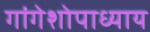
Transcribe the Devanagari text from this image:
गांगेशोपाध्याय